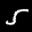
Label: 5